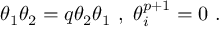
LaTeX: \theta _ { 1 } \theta _ { 2 } = q \theta _ { 2 } \theta _ { 1 } \ , \ \theta _ { i } ^ { p + 1 } = 0 \ .